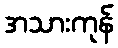
အသားကုန်